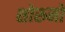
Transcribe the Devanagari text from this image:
शोरुमों